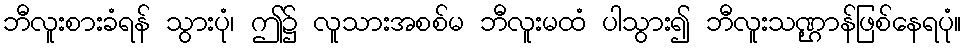
ဘီလူးစားခံရန် သွားပုံ၊ ဤ၌ လူသားအစစ်မ ဘီလူးမထံ ပါသွား၍ ဘီလူးသဏ္ဌာန်ဖြစ်နေရပုံ။